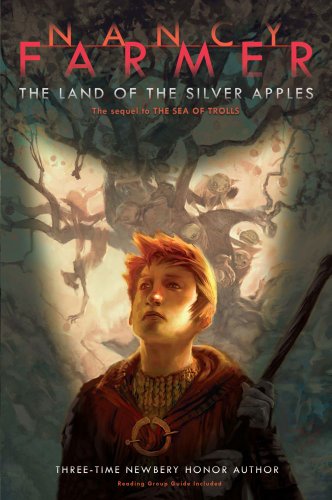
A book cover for The Land of the Silver Apples (Richard Jackson Books (Atheneum Paperback)); Nancy Farmer; Teen & Young Adult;